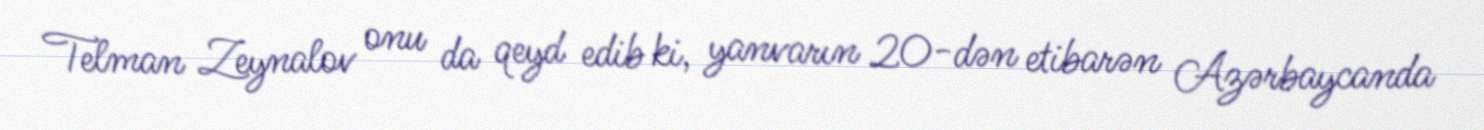
Telman Zeynalov onu da qeyd edib ki, yanvarın 20-dən etibarən Azərbaycanda